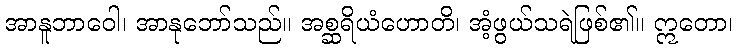
အာနူဘာဝေါ၊ အာနုဘော်သည်။ အစ္ဆရိယံဟောတိ၊ အံ့ဖွယ်သရဲဖြစ်၏။ ဣတော၊